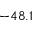
- 4 8 . 1